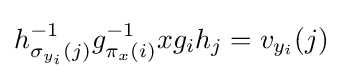
h_{\sigma _{y_{i}}(j)}^{-1}g_{\pi _{x}(i)}^{-1}xg_{i}h_{j}=v_{y_{i}}(j)